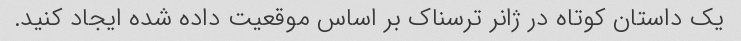
یک داستان کوتاه در ژانر ترسناک بر اساس موقعیت داده شده ایجاد کنید.